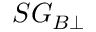
S G _ { B \bot }